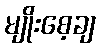
မျိုးစေ့ချ